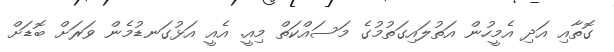
ގޮތާއި އަދި އެމީހުން އަތުލައިގަތުމުގެ މަސައްކަތް މިއީ. އެއީ އަޅުގަނޑުމެން ވަރަށް ބޮޑަށް